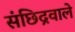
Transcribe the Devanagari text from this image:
संछिद्रवाले